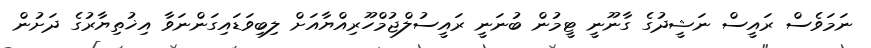
ނަމަވެސް ރައީސް ނަޝީދުގެ ގާނޫނީ ޓީމުން ބުނަނީ ރައީސުލްޖުމްހޫރިއްޔާއަށް ލިބިވަޑައިގަންނަވާ އިޚުތިޔާރުގެ ދަށުން